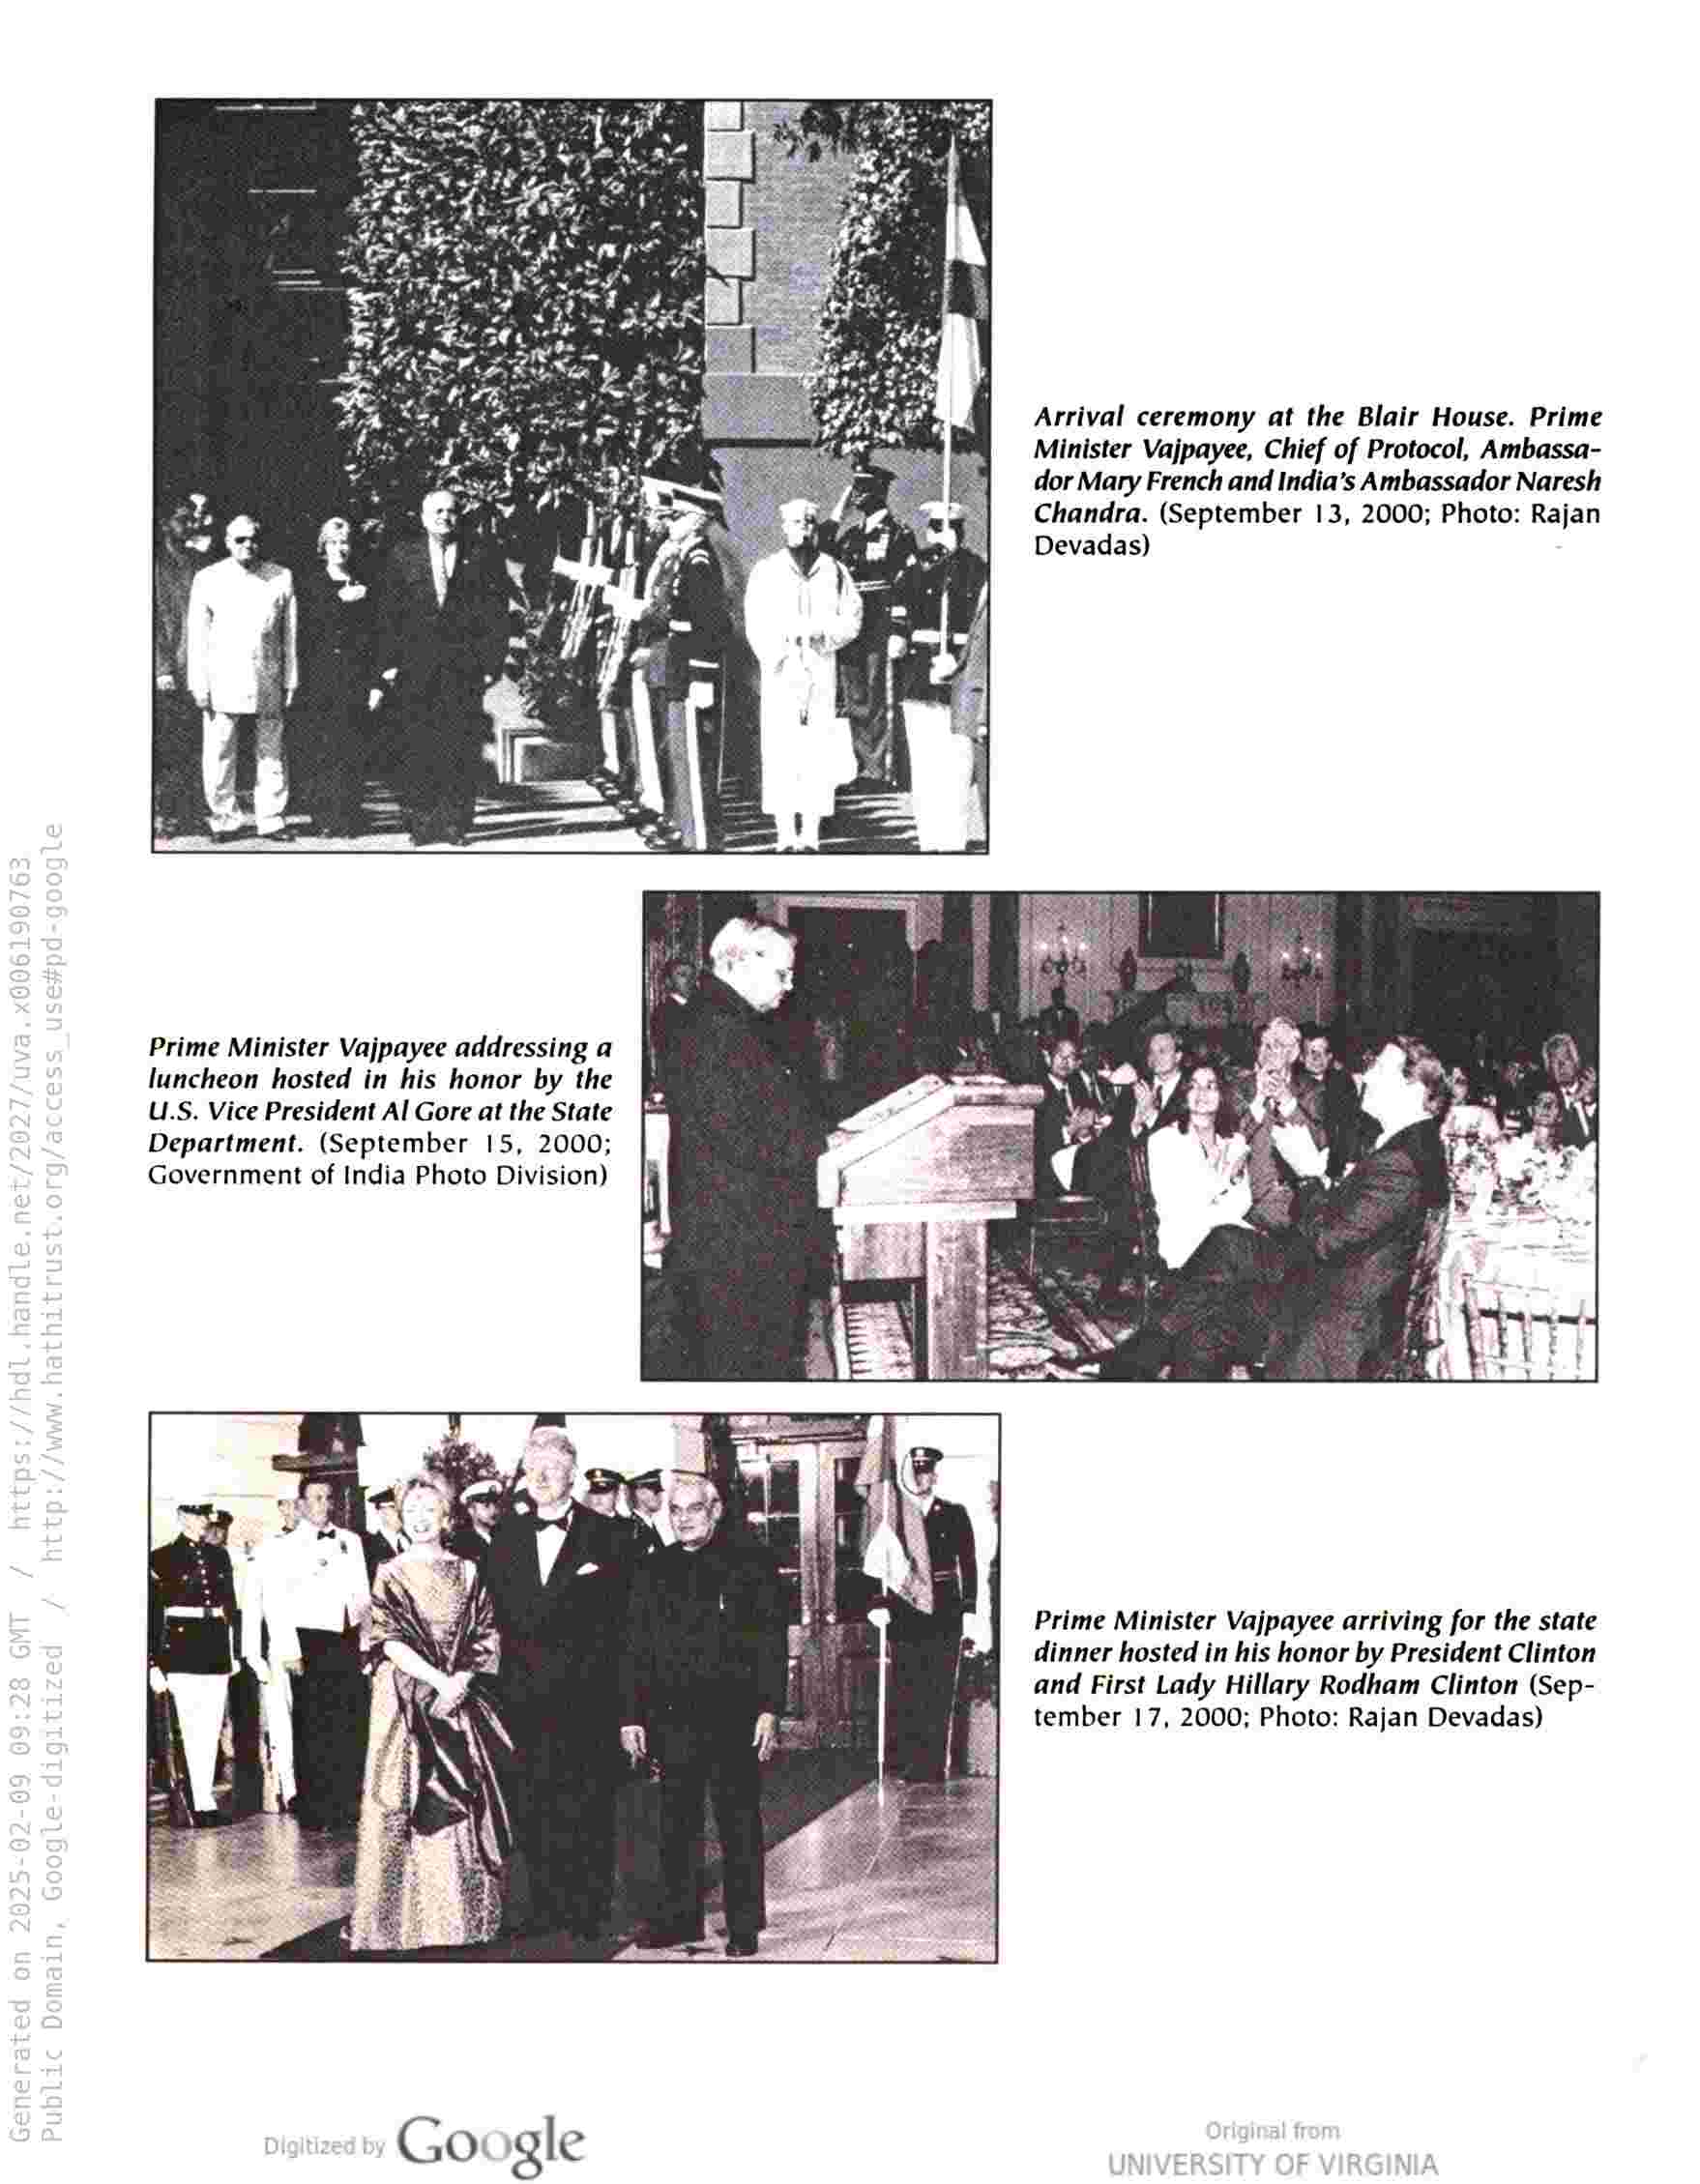
Arrival ceremony at the Blair House. Prime
Minister Vajpayee, Chief of Protocol, Ambassa-
dor Mary French and India’s Ambassador Naresh
Chandra. (September 13, 2000; Photo: Rajan
Devadas)

Prime Minister Vajpayee addressing a
luncheon hosted in his honor by the
U.S. Vice President Al Gore at the State
Department. (September 15, 2000;
Government of India Photo Division)

Prime Minister Vajpayee arriving for the state
dinner hosted in his honor by President Clinton
and First Lady Hillary Rodham Clinton (Sep-
tember 17, 2000; Photo: Rajan Devadas)